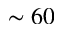
\sim 6 0